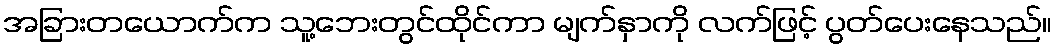
အခြားတယောက်က သူ့ဘေးတွင်ထိုင်ကာ မျက်နှာကို လက်ဖြင့် ပွတ်ပေးနေသည်။